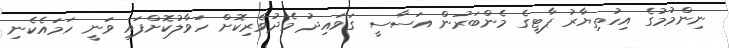
ނިންމުމުގެ އިހުތިޔާރު ޕާޓީގެ މެންބަރުން އަސާސީ ގަވައިދު މެދުވެރިކޮށް ހަވާލުކޮށްފައި ވަނީ ހަމައެކެނި